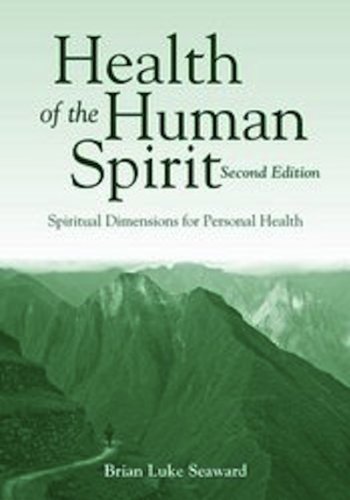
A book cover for Health Of The Human Spirit: Spiritual Dimensions for Personal Health; Brian Luke Seaward; Religion & Spirituality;